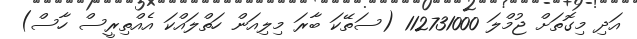
އަދި މިގޮތަށް ޖުމްލަ 112731000 (ސަތޭކަ ބާރަ މިލިއަން ހަތްލައްކަ އެއްތިރީސް ހާސް)